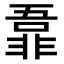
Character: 𬰜